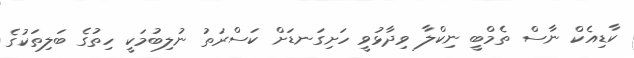
ކާޑިއެކް ނާސް ތެމްބީ ނިކްލާ ވިދާޅުވީ ހަށިގަނޑަށް ކަސްރަތު ނުލިބުމަކީ ހިތުގެ ބަލިތަކުގެ